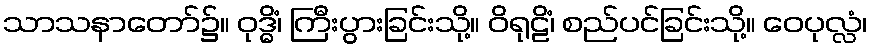
သာသနာတော်၌။ ဝုဒ္ဓိံ၊ ကြီးပွားခြင်းသို့။ ဝိရုဠိံ၊ စည်ပင်ခြင်းသို့။ ဝေပုလ္လံ၊